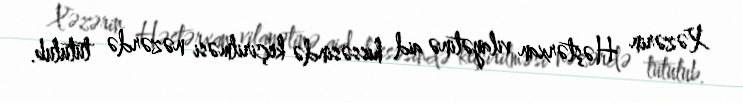
Xəzərin Həştərxan vilayətinə aid hissəsində keçirilməsi nəzərdə tutulub.